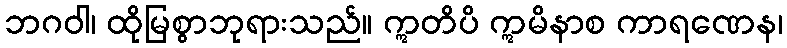
ဘဂဝါ၊ ထိုမြစွာဘုရားသည်။ ဣတိပိ ဣမိနာစ ကာရဏေန၊